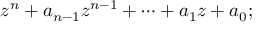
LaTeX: z ^ { n } + a _ { n - 1 } z ^ { n - 1 } + \cdots + a _ { 1 } z + a _ { 0 } ;